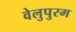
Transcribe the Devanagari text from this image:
वेलुपुरम